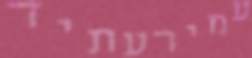
עמירעתיד